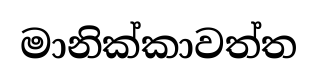
මානික්කාවත්ත